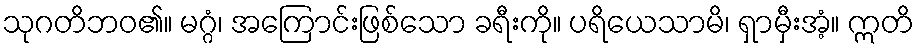
သုဂတိဘဝ၏။ မဂ္ဂံ၊ အကြောင်းဖြစ်သော ခရီးကို။ ပရိယေသာမိ၊ ရှာမှီးအံ့။ ဣတိ